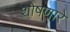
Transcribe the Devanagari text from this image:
शोषणारे